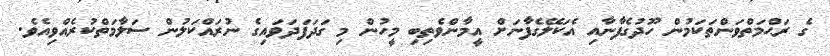
ގެ ރަޙްމަތްވަންތަކަމުން ހޫދުގެފާނާއި އެކަލޭގެފާނަށް އީމާންވެތިބި މީހުން މި ގަދަފަދަވައިގެ ނުރައްކަލުން ސަލާމަތްކުރެއްވިއެވެ.